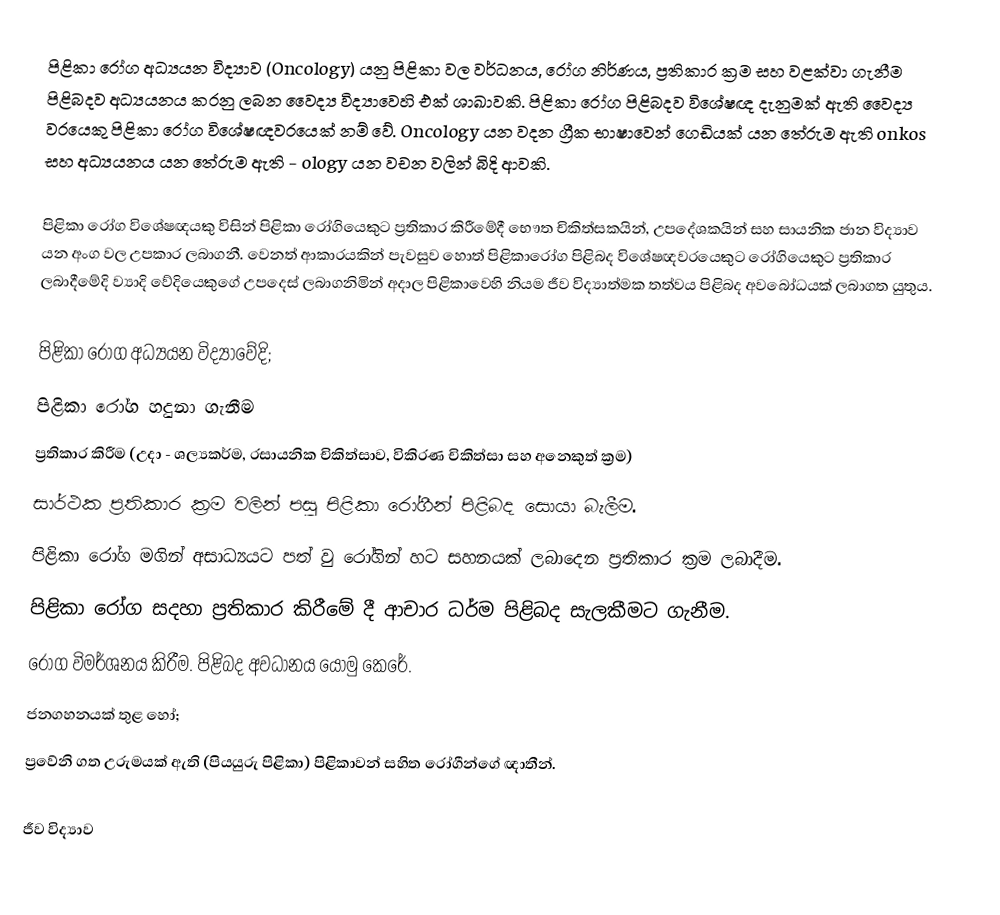
පිළිකා රෝග අධ්‍යයන විද්‍යාව (Oncology) යනු පිළිකා වල වර්ධනය, රෝග නිර්ණය, ප්‍රතිකාර ක්‍රම සහ වළක්වා ගැනීම පිළිබදව අධ්‍යයනය කරනු ලබන වෛද්‍ය විද්‍යාවෙහි එක් ශාඛාවකි. පිළිකා රෝග පිළිබදව විශේෂඥ දැනුමක් ඇති වෛද්‍ය වරයෙකු පිළිකා රෝග විශේෂඥවරයෙක් නම් වේ. Oncology යන වදන ග්‍රීක භාෂාවෙන් ගෙඩියක් යන තේරුම ඇති onkos  සහ අධ්‍යයනය යන තේරුම ඇති  - ology යන වචන වලින් බිදි ආවකි.

පිළිකා රෝග විශේෂඥයකු විසින් පිළිකා රෝගියෙකුට ප්‍රතිකාර කිරීමේදී භෞත චිකිත්සකයින්, උපදේශකයින් සහ සායනික ජාන විද්‍යාව යන අංග වල උපකාර ලබාගනී.  වෙනත් ආකාරයකින් පැවසුව හොත් පිළිකාරෝග පිළිබද විශේෂඥවරයෙකු‍ට රෝගියෙකුට ප්‍රතිකාර ලබාදීමේදි ව්‍යාදි වේදියෙකුගේ උපදෙස් ලබාගනිමින් අදාල පිළිකාවෙහි නියම ජීව විද්‍යාත්මක තත්වය පිළිබද අවබෝධයක් ලබාගත යුතුය.

පිළිකා රෝග අධ්‍යයන විද්‍යාවේදි;
	පිළිකා රෝග හදුනා ගැනීම
	ප්‍රතිකාර කිරීම (උදා - ශල්‍යකර්ම, රසායනික චිකිත්සාව, විකිරණ චිකිත්සා සහ අනෙකුත් ක්‍රම)
	සාර්ථක ප්‍රතිකාර ක්‍රම වලින් පසු පිළිකා‍ රෝගීන් පිළිබද සොයා බැලීම.
	පිළිකා රෝග මගින් අසාධ්‍යයට පත් වු රෝගින් හට සහනයක් ලබාදෙන ප්‍රතිකාර ක්‍රම ලබාදීම.
	පිළිකා රෝග සදහා ප්‍රතිකාර කිරීමේ දී ආචාර ධර්ම පිළිබද සැලකීමට ගැනීම.
	රෝග විමර්ශනය කිරීම. පිළිබද අවධානය යොමු කෙරේ.
ජනගහනයක් තුළ හෝ;
ප්‍රවේනි ගත උරුමයක් ඇති (පියයුරු පිළිකා) පිළිකාවන් සහිත රෝගීන්ගේ ඥාතීන්.

ජීව විද්‍යාව